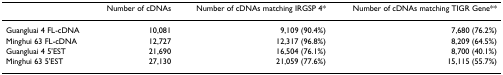
<table><thead><tr><td></td><td><b>Number of cDNAs</b></td><td><b>Number of cDNAs matching IRGSP 4*</b></td><td><b>Number of cDNAs matching TIGR Gene**</b></td></tr></thead><tbody><tr><td>Guangluai 4 FL-cDNA</td><td>10,081</td><td>9,109 (90.4%)</td><td>7,680 (76.2%)</td></tr><tr><td>Minghui 63 FL-cDNA</td><td>12,727</td><td>12,317 (96.8%)</td><td>8,209 (64.5%)</td></tr><tr><td>Guangluai 4 5&#x27;EST</td><td>21,690</td><td>16,504 (76.1%)</td><td>8,700 (40.1%)</td></tr><tr><td>Minghui 63 5&#x27;EST</td><td>27,130</td><td>21,059 (77.6%)</td><td>15,115 (55.7%)</td></tr></tbody></table>